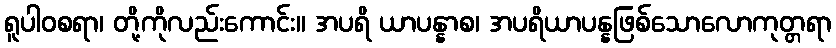
ရူပါဝစရာ၊ တို့ကိုလည်းကောင်း။ အပရိ ယာပန္နာစ၊ အပရိယာပန္နဖြစ်သောလောကုတ္တရာ